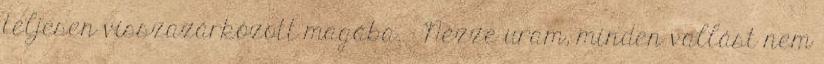
teljesen visszazárkózott magába. - Nézze uram, minden vallást nem